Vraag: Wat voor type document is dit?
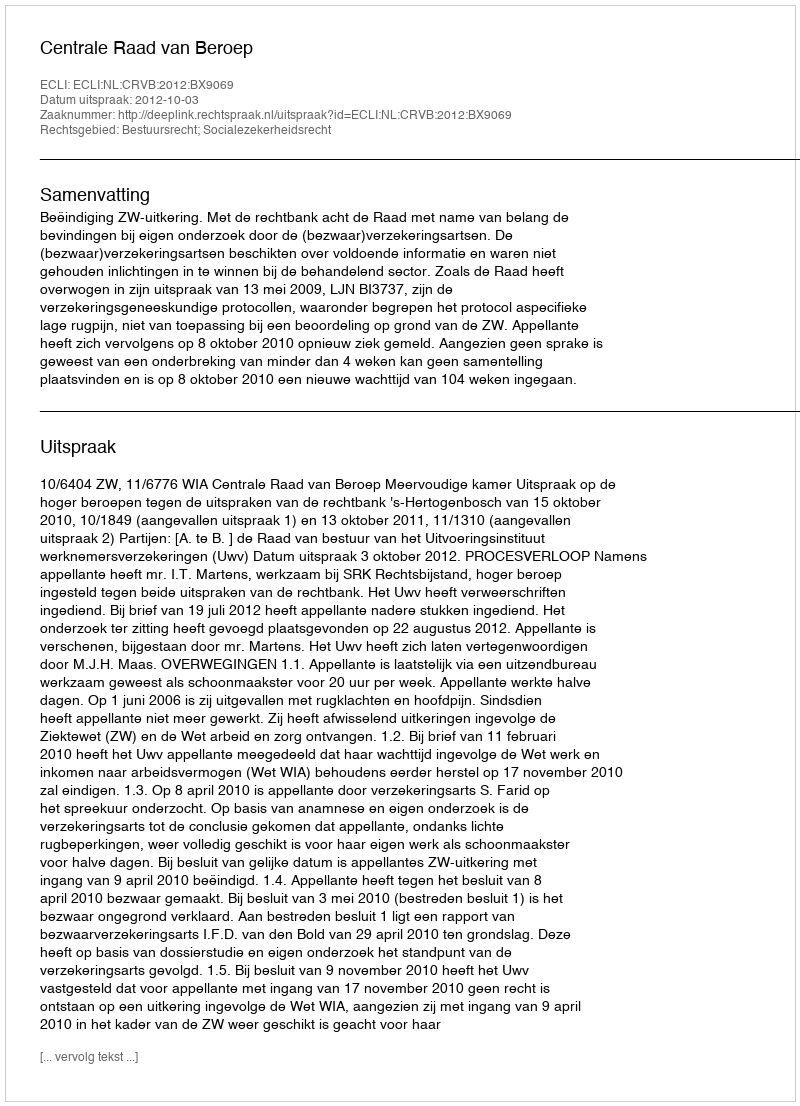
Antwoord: Uitspraak